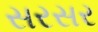
સરસર